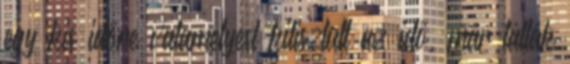
egy kis időre valamelyest kitisztult az idő, már látták